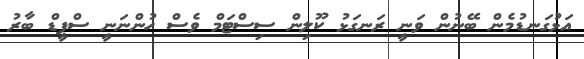
އަޅުގަނޑުމެން ބޭނުން ވަނީ ރަނގަޅު ކޫލިން ސިސްޓަމް ވެސް ހުންނަނީ ސްޕީޑް ބާރު